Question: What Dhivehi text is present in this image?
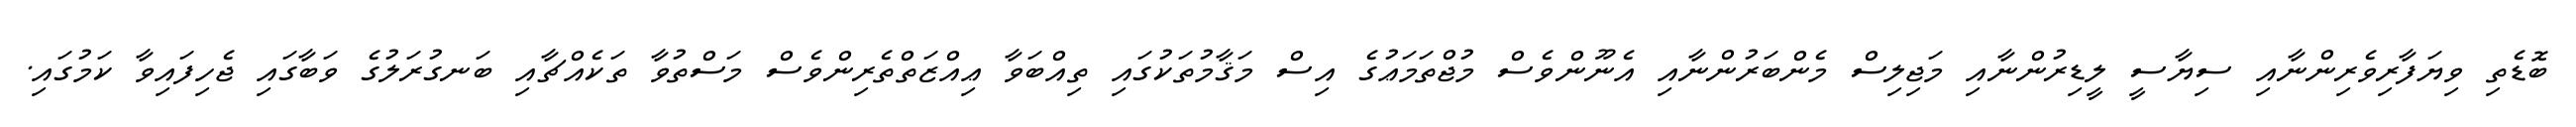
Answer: ބޮޑެތި ވިޔަފާރިވެރިންނާއި ސިޔާސީ ލީޑިރުންނާއި މަޖިލިސް މެންބަރުންނާއި އެނޫންވެސް މުޖްތަމަޢުގެ އިސް މަޤާމުތަކުގައި ތިއްބަވާ ޢިއްޒަތްތެރިންވެސް މަސްތުވާ ތަކެއްޗާއި ބަނގުރަލުގެ ވަބާގައި ޖެހިފައިވާ ކަމުގައި.